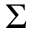
\Sigma